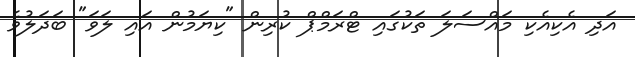
އަދި އެކިއެކި މައްސަލަ ތަކުގައި ޓްރަމްޕް ކުރިން "ކިޔަމުން އައި ލަވަ" ބަދަލުވެ